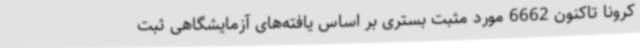
کرونا تاکنون 6662 مورد مثبت بستری بر اساس یافته‌های آزمایشگاهی ثبت